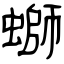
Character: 螄